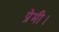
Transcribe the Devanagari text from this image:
प्रेमी।